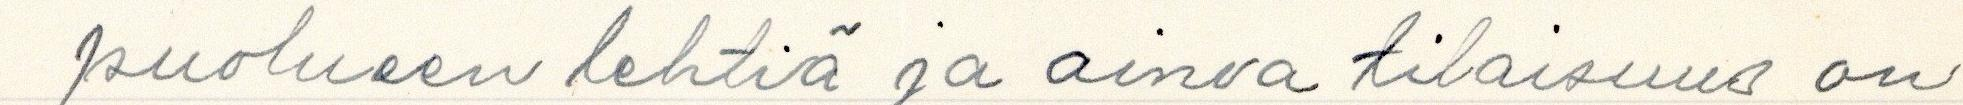
puolueen lehtiä ja ainoa tilaisuus on